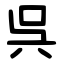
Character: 呉